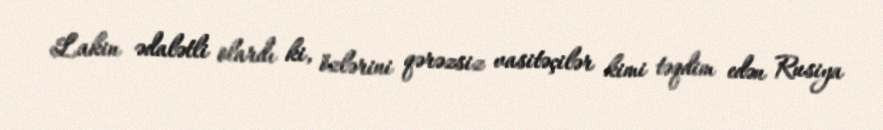
Lakin ədalətli olardı ki, özlərini qərəzsiz vasitəçilər kimi təqdim edən Rusiya